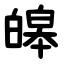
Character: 皞